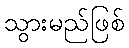
သွားမည်ဖြစ်